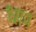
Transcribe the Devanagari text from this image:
श्वाप